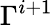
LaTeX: \Gamma^{i+1}